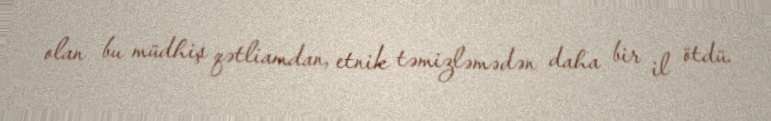
olan bu müdhiş qətliamdan, etnik təmizləmədən daha bir il ötdü.